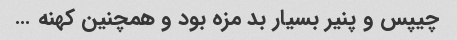
چیپس و پنیر بسیار بد مزه بود و همچنین کهنه …